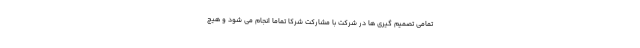
تمامی تصمیم گیری ها در شرکت با مشارکت شرکا تماما انجام می شود و هیچ